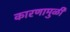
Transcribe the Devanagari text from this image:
कारणामुळीं